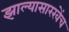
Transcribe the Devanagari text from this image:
झाल्यासारखेंच